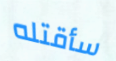
سأقتله